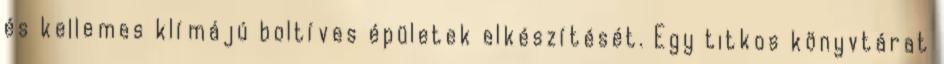
és kellemes klímájú boltíves épületek elkészítését. Egy titkos könyvtárat